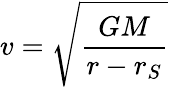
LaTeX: v={\sqrt{\frac{GM}{r-r_{S}}}}